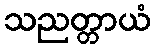
သညတ္တာယံ